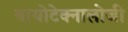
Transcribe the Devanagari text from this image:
बायोटेक्नालोजी